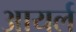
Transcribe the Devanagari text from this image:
आयर्ल